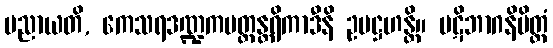
ပညာယတိ, ကေသရဒဏ္ဍကပတ္တန္တရိကာဒီနိ ဥပဋ္ဌဟန္တိ။ ပဋိဘာဂနိမိတ္တံ